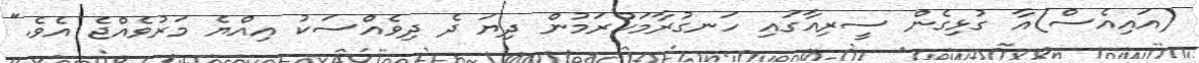
(އައިއެސް)އާ ގުޅިގެން ސީރިއާގައި ހަނގުރާމަކުރަމުން ދިޔަ ދެ ދިވެއްސަކު އިއްޔެ މަރުވެއްޖެ އެވެ."